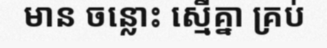
មាន ចន្លោះ ស្មើគ្នា គ្រប់